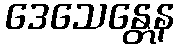
ဒေသေန္တေန